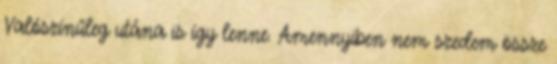
Valószínűleg utána is így lenne. Amennyiben nem szedem össze